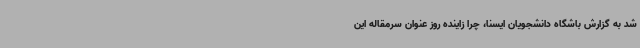
شد به گزارش باشگاه دانشجویان ایسنا، چرا زاینده روز عنوان سرمقاله این